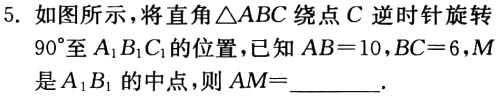
5. 如图所示，将直角\(\triangle ABC\)绕点\(C\)逆时针旋转\(90^{\circ}\)至\(A_{1}B_{1}C_{1}\)的位置，已知\(AB = 10\)，\(BC = 6\)，\(M\)是\(A_{1}B_{1}\)的中点，则\(AM=\)______.